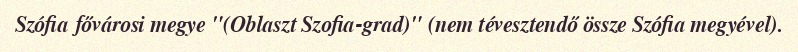
Szófia fővárosi megye "(Oblaszt Szofia-grad)" (nem tévesztendő össze Szófia megyével).